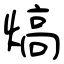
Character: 熇